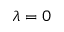
\lambda = 0